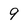
Character: 9